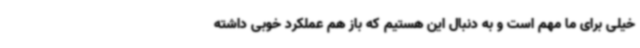
خیلی برای ما مهم است و به دنبال این هستیم که باز هم عملکرد خوبی داشته